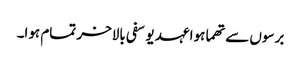
برسوں سے تھما ہوا عہد یوسفی بالاخر تمام ہوا۔